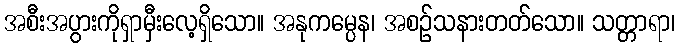
အစီးအပွားကိုရှာမှီးလေ့ရှိသော။ အနုကမ္ပေန၊ အစဉ်သနားတတ်သော။ သတ္တာရာ၊